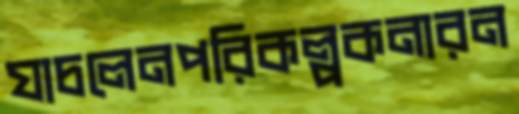
যাচলেনপরিকল্পকনারন